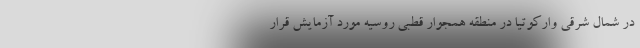
در شمال شرقی وارکوتیا در منطقه همجوار قطبی روسیه مورد آزمایش قرار